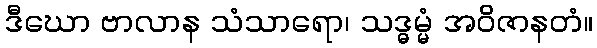
ဒီဃော ဗာလာန သံသာရော၊ သဒ္ဓမ္မံ အဝိဇာနတံ။